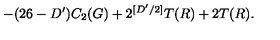
- ( 2 6 - D ^ { \prime } ) C _ { 2 } ( G ) + 2 ^ { [ D ^ { \prime } / 2 ] } T ( R ) + 2 T ( R ) .